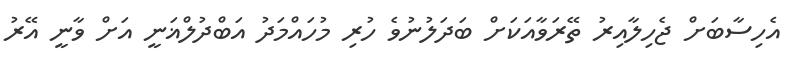
އެހިސާބަށް ޖެހިލާއިރު ތޭރަވާއަކަށް ބަދަލުނުވެ ހުރި މުހައްމަދު އަބްދުލްޣަނީ އަށް ވާނީ އޭރު